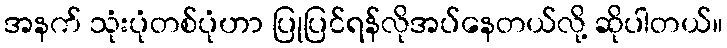
အနက် သုံးပုံတစ်ပုံဟာ ပြုပြင်ရန်လိုအပ်နေတယ်လို့ ဆိုပါတယ်။